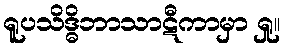
ရူပသိဒ္ဓိဘာသာဋီကာမှာ ရှု။